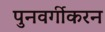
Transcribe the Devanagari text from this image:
पुनवर्गीकरन